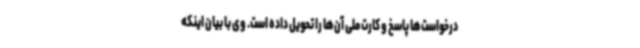
درخواست‌ها پاسخ و کارت ملی آن‌ها را تحویل داده است. وی با بیان اینکه